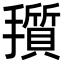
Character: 𪮽